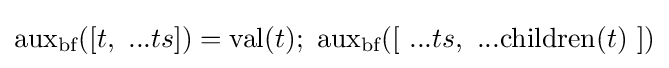
{\text{aux}}_{\text{bf}}([t,\ ...ts])={\text{val}}(t);\ {\text{aux}}_{\text{bf}}([\ ...ts,\ ...{\text{children}}(t)\ ])